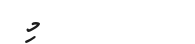
٢٠        މި